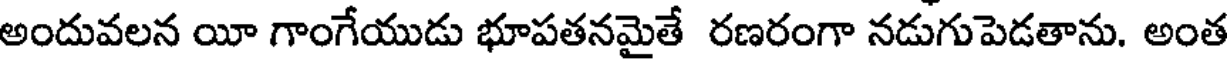
అందువలన యీ గాంగేయుడు భూపతనమైతే రణరంగా నడుగుపెడతాను. అంత